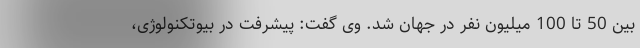
بین 50 تا 100 میلیون نفر در جهان شد. وی گفت: پیشرفت در بیوتکنولوژی،